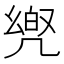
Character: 𠙡